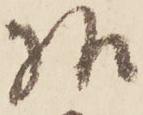
様